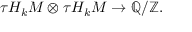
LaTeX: \tau H _ { k } M \otimes \tau H _ { k } M \to \mathbb { Q } / \mathbb { Z } .